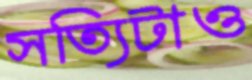
সত্যিটাও